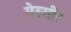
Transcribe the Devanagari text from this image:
मेस्सीर